Scottish Leaving Certificate Examination, 1960
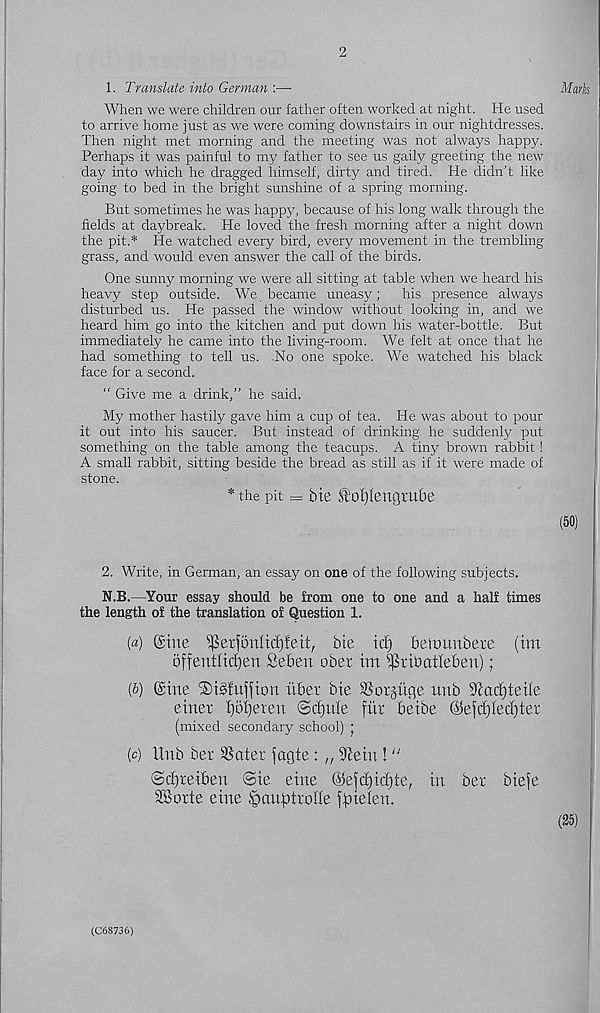
2
1. Translate into German :—
When we were children our father often worked at night. He used
to arrive home just as we were coming downstairs in our nightdresses.
Then night met morning and the meeting was not always happy.
Perhaps it was painful to my father to see us gaily greeting the new
day into which he dragged himself, dirty and tired. He didn’t like
going to bed in the bright sunshine of a spring morning.
But sometimes he was happy, because of his long walk through the
fields at daybreak. He loved the fresh morning after a night down
the pit.* He watched every bird, every movement in the trembling
grass, and would even answer the call of the birds.
One sunny morning we were all sitting at table when we heard his
heavy step outside. We became uneasy; his presence always
disturbed us. He passed the window without looking in, and we
heard him go into the kitchen and put down his water-bottle. But
immediately he came into the living-room. We felt at once that he
had something to tell us. No one spoke. We watched his black
face for a second.
“ Give me a drink,” he said.
My mother hastily gave him a cup of tea. He was about to pour
it out into his saucer. But instead of drinking he suddenly put
something on the table among the teacups. A tiny brown rabbit!
A small rabbit, sitting beside the bread as still as if it were made of
stone.
* the pit = Me tofjtengrube
2. Write, in German, an essay on one of the following subjects.
N.B.—Your essay should be from one to one and a half times
the length of the translation of Question 1.
(«) (Sine ^erfonIitf)!eit, bte id) betmmbete (tm
offentlidjen Sebeu ober im ^rihatleben);
(5) (Sine ®igfuffion itber Me SSotgucje unb Siadjteile
einer Ijdijeren ©djttle fur beibe ©efdfiedjter
(mixed secondary school) ;
(c) Unb ber better fagte: „ 9Mn!"
©dfreiben ©ie eine @ejd)id)ie, in ber biefe
SBorte eine ^auptrolle ffiielen.
(C68736)